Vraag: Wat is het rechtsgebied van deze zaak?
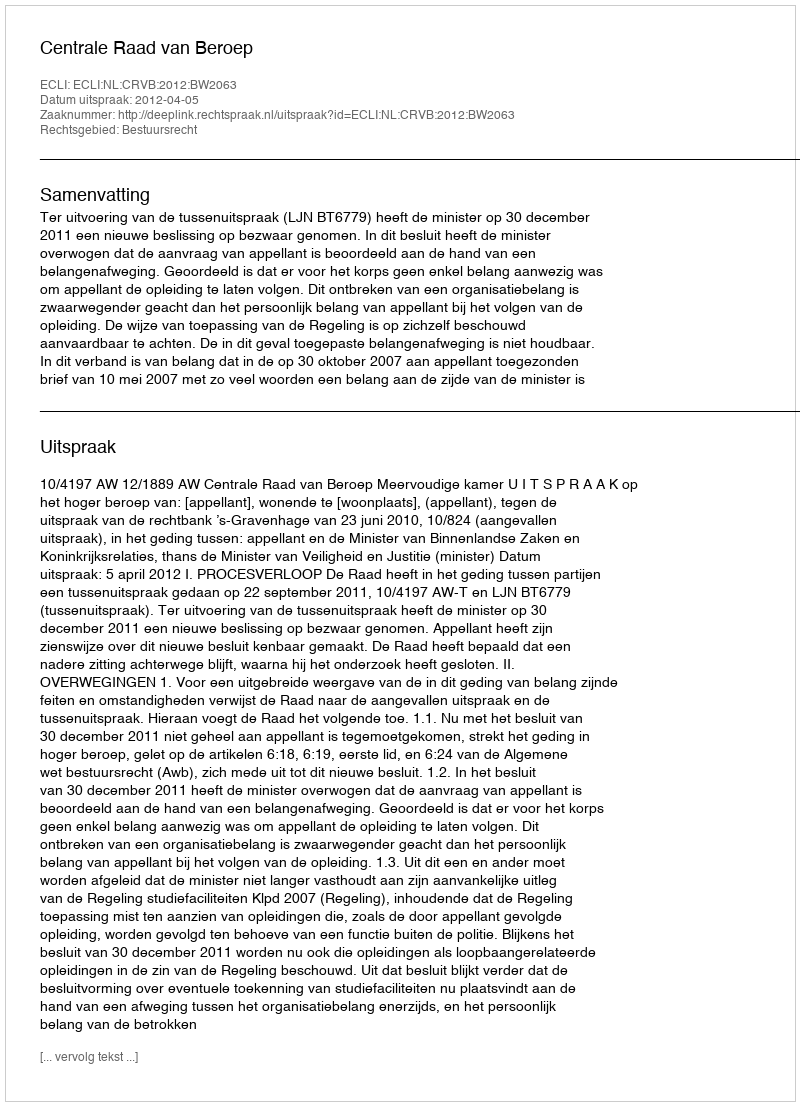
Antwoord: Bestuursrecht